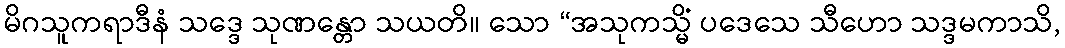
မိဂသူကရာဒီနံ သဒ္ဒေ သုဏန္တော သယတိ။ သော “အသုကသ္မိံ ပဒေသေ သီဟော သဒ္ဒမကာသိ,